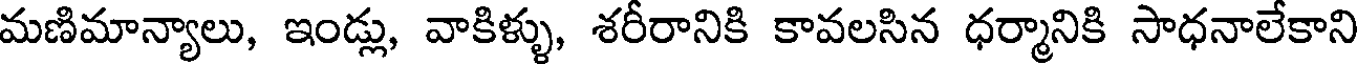
మణిమాన్యాలు, ఇండ్లు, వాకిళ్ళు, శరీరానికి కావలసిన ధర్మానికి సాధనాలేకాని